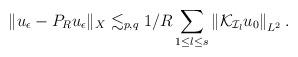
LaTeX: \begin{align*}\begin{aligned}\|u_\epsilon-P_Ru_\epsilon\|_{X}\lesssim_{p,q} 1/R\sum_{1\leq l\leq s}\left\|\mathcal{K}_{\mathcal{I}_l}u_0\right\|_{L^2}.\end{aligned}\end{align*}